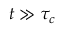
t \gg \tau _ { c }